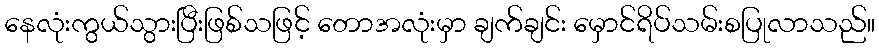
နေလုံးကွယ်သွားပြီးဖြစ်သဖြင့် တောအလုံးမှာ ချက်ချင်း မှောင်ရိပ်သမ်းစပြုလာသည်။